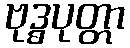
ဗုဒ္ဓပုတ္တာ